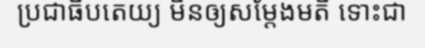
ប្រជាធិបតេយ្យ មិនឲ្យសម្តែងមតិ ទោះជា